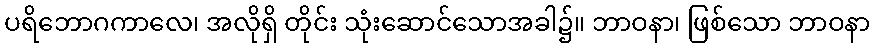
ပရိဘောဂကာလေ၊ အလိုရှိ တိုင်း သုံးဆောင်သောအခါ၌။ ဘာဝနာ၊ ဖြစ်သော ဘာဝနာ